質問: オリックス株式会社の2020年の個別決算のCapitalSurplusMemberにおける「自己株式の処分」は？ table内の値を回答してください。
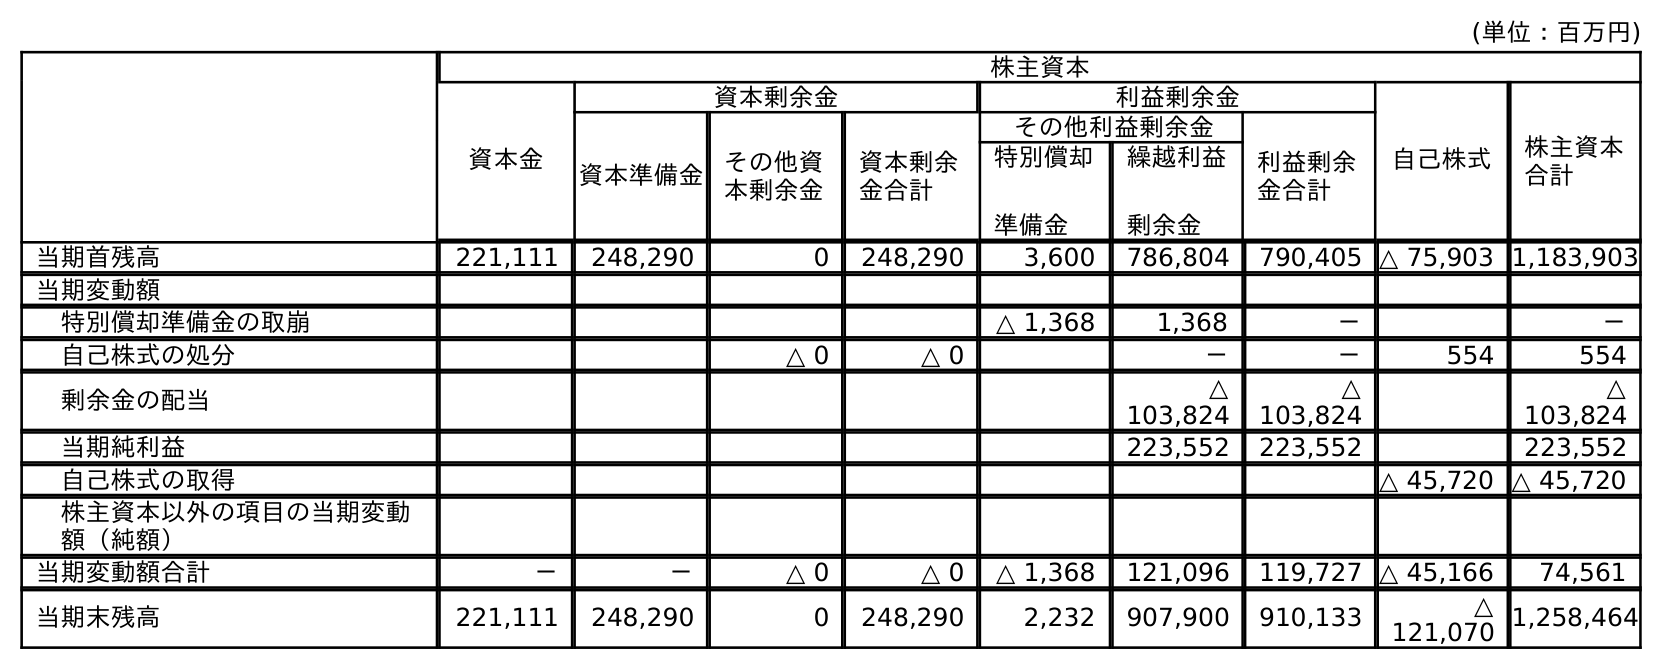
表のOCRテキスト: (単位：百万円) 株主資本 資本金 資本剰余金 利益剰余金 自己株式 株主資本 合計 資本準備金 その他資 本剰余金 資本剰余 金合計 その他利益剰余金 利益剰余 金合計 特別償却 準備金 繰越利益 剰余金 当期首残高 221,111 248,290 0 248,290 3,600 786,804 790,405 △ 75,903 1,183,903 当期変動額 特別償却準備金の取崩 △ 1,368 1,368 － － 自己株式の処分 △ 0 △ 0 － － 554 554 剰余金の配当 △ 103,824 △ 103,824 △ 103,824 当期純利益 223,552 223,552 223,552 自己株式の取得 △ 45,720 △ 45,720 株主資本以外の項目の当期変動 額（純額） 当期変動額合計 － － △ 0 △ 0 △ 1,368 121,096 119,727 △ 45,166 74,561 当期末残高 221,111 248,290 0 248,290 2,232 907,900 910,133 △ 121,070 1,258,464
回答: △0